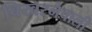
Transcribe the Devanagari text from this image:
बिखरनेवाली